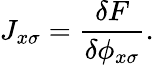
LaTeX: J_{x\sigma}=\frac{\delta F}{\delta\phi_{x\sigma}}.